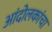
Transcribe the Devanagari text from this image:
आंदोलकांचा